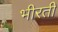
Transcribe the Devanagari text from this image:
भीरती